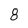
Character: 8